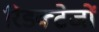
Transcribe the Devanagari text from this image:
रिडक्टेजों